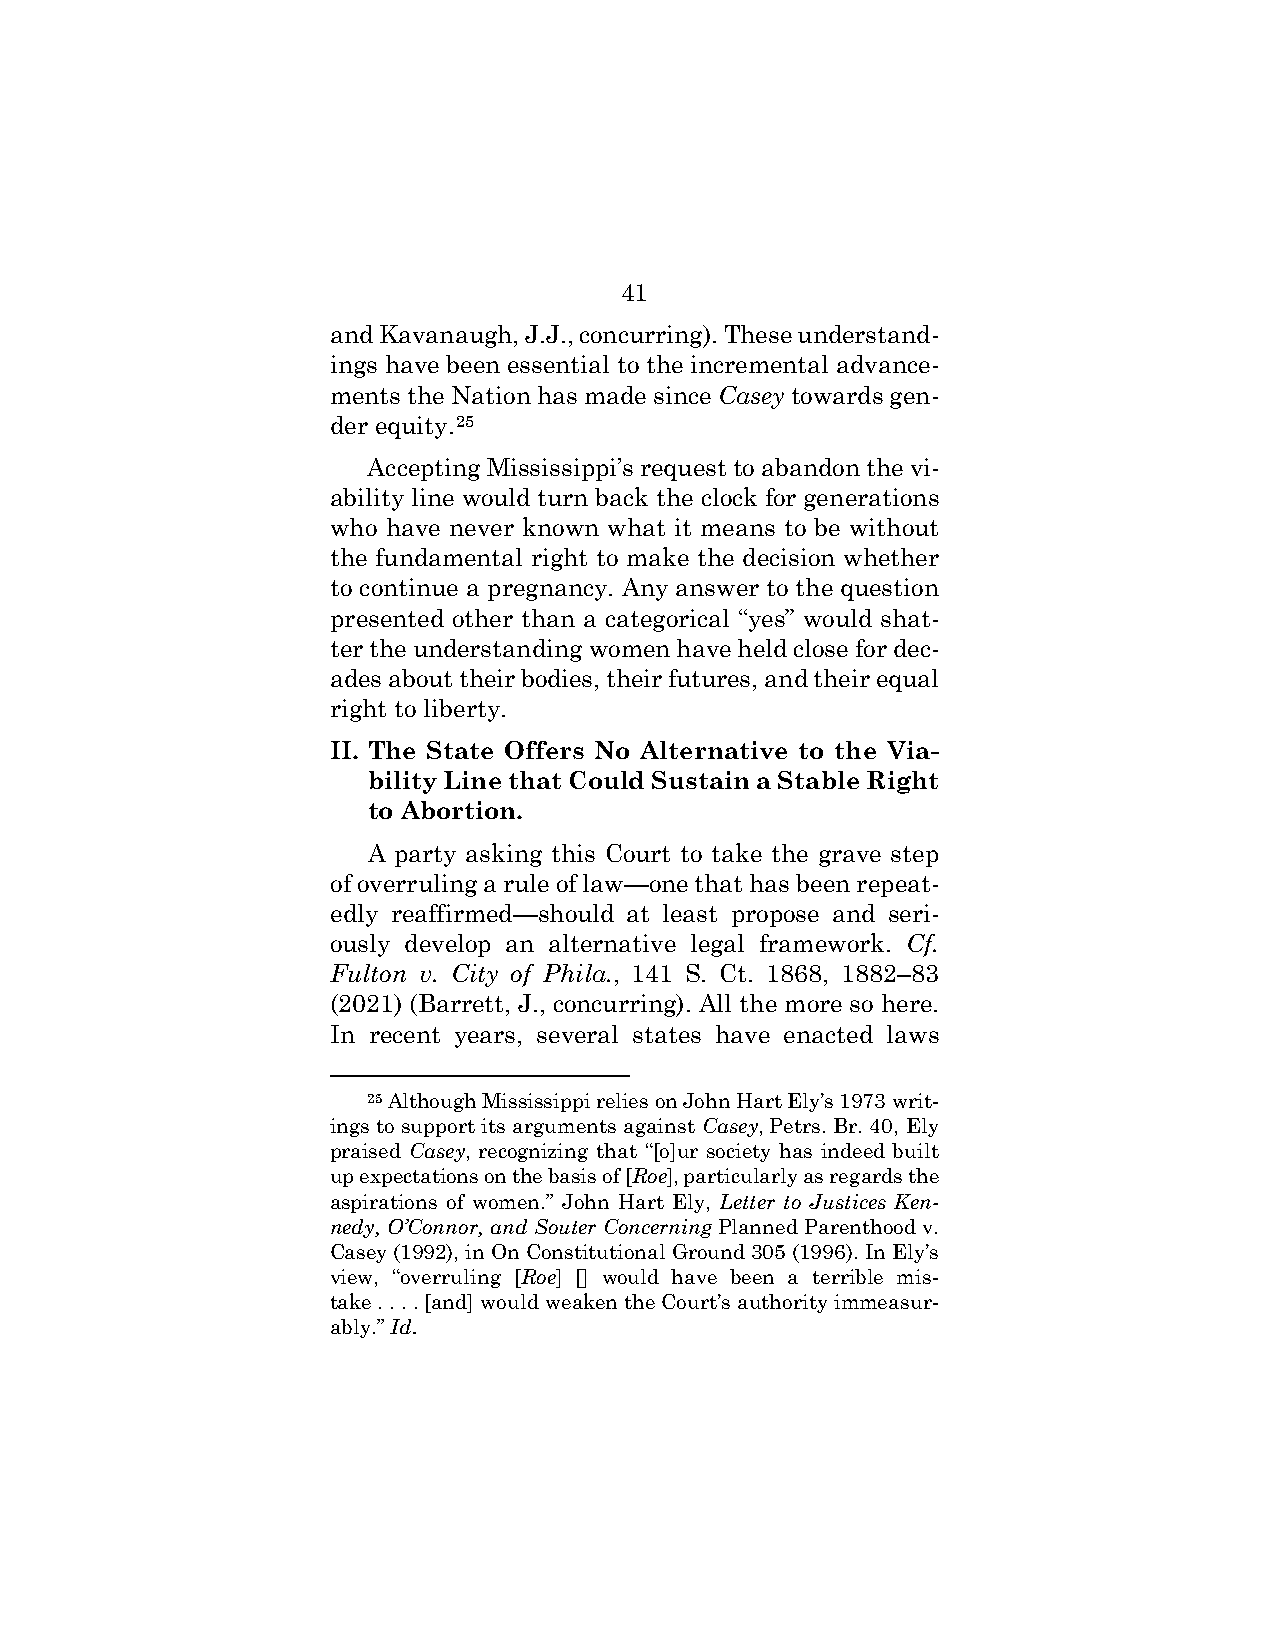
41
 and Kavanaugh, J.J., concurring). These understand-
 ings have been essential to the incremental advance-
 ments the Nation has made since Casey towards gen-
 der equity.25
 Accepting Mississippi’s request to abandon the vi-
 ability line would turn back the clock for generations
 who have never known what it means to be without
 the fundamental right to make the decision whether
 to continue a pregnancy. Any answer to the question
 presented other than a categorical “yes” would shat-
 ter the understanding women have held close for dec-
 ades about their bodies, their futures, and their equal
 right to liberty.
 II. The State Offers No Alternative to the Via-
 bility Line that Could Sustain a Stable Right
 to Abortion.
 A party asking this Court to take the grave step
 of overruling a rule of law—one that has been repeat-
 edly reaffirmed—should at least propose and seri-
 ously develop an alternative legal framework. Cf.
 Fulton v. City of Phila., 141 S. Ct. 1868, 1882–83
 (2021) (Barrett, J., concurring). All the more so here.
 In recent years, several states have enacted laws
 25 Although Mississippi relies on John Hart Ely’s 1973 writ-
 ings to support its arguments against Casey, Petrs. Br. 40, Ely
 praised Casey, recognizing that “[o]ur society has indeed built
 up expectations on the basis of [Roe], particularly as regards the
 aspirations of women.” John Hart Ely, Letter to Justices Ken-
 nedy, O’Connor, and Souter Concerning Planned Parenthood v.
 Casey (1992), in On Constitutional Ground 305 (1996). In Ely’s
 view, “overruling [Roe] [] would have been a terrible mis-
 take . . . . [and] would weaken the Court’s authority immeasur-
 ably.” Id.